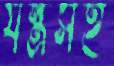
যন্ত্রসহ